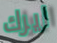
ايرك